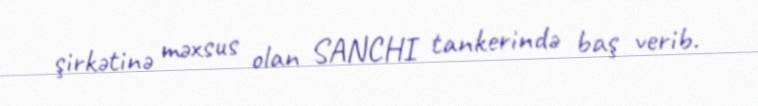
şirkətinə məxsus olan SANCHI tankerində baş verib.